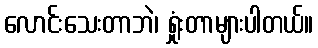
လောင်းသေးတာဘဲ၊ ရှုံးတာများပါတယ်။